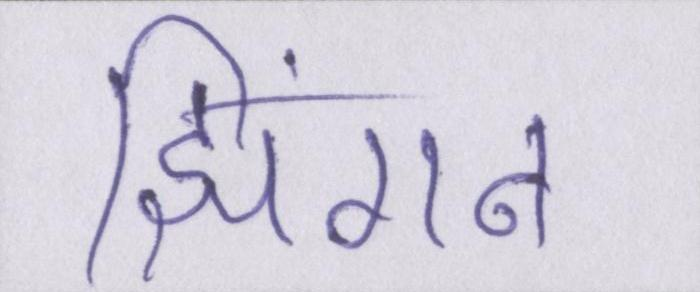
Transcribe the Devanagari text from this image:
झिंगन